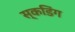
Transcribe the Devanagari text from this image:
स्कडिंग